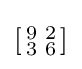
\left[{\begin{smallmatrix}9&2\\3&6\\\end{smallmatrix}}\right]